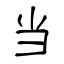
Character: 当